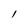
Character: l